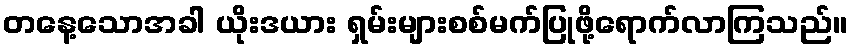
တနေ့သောအခါ ယိုးဒယား ရှမ်းများစစ်မက်ပြုဖို့ရောက်လာကြသည်။